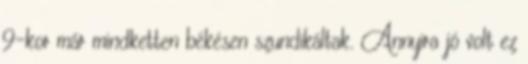
9-kor már mindketten békésen szundikáltak. Annyira jó volt ez